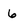
Character: 6